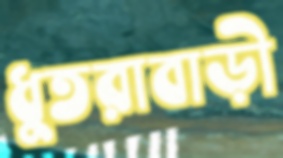
ধুতরাবাড়ী